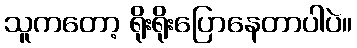
သူကတော့ ရိုးရိုးပြောနေတာပါပဲ။